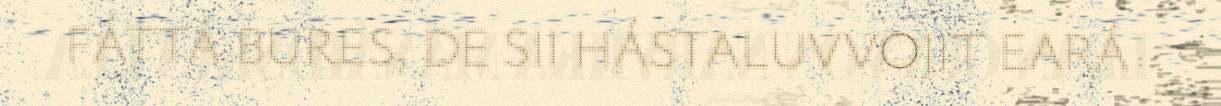
FÁTTÁ BURES, DE SII HÁSTALUVVOJIT EARÁ